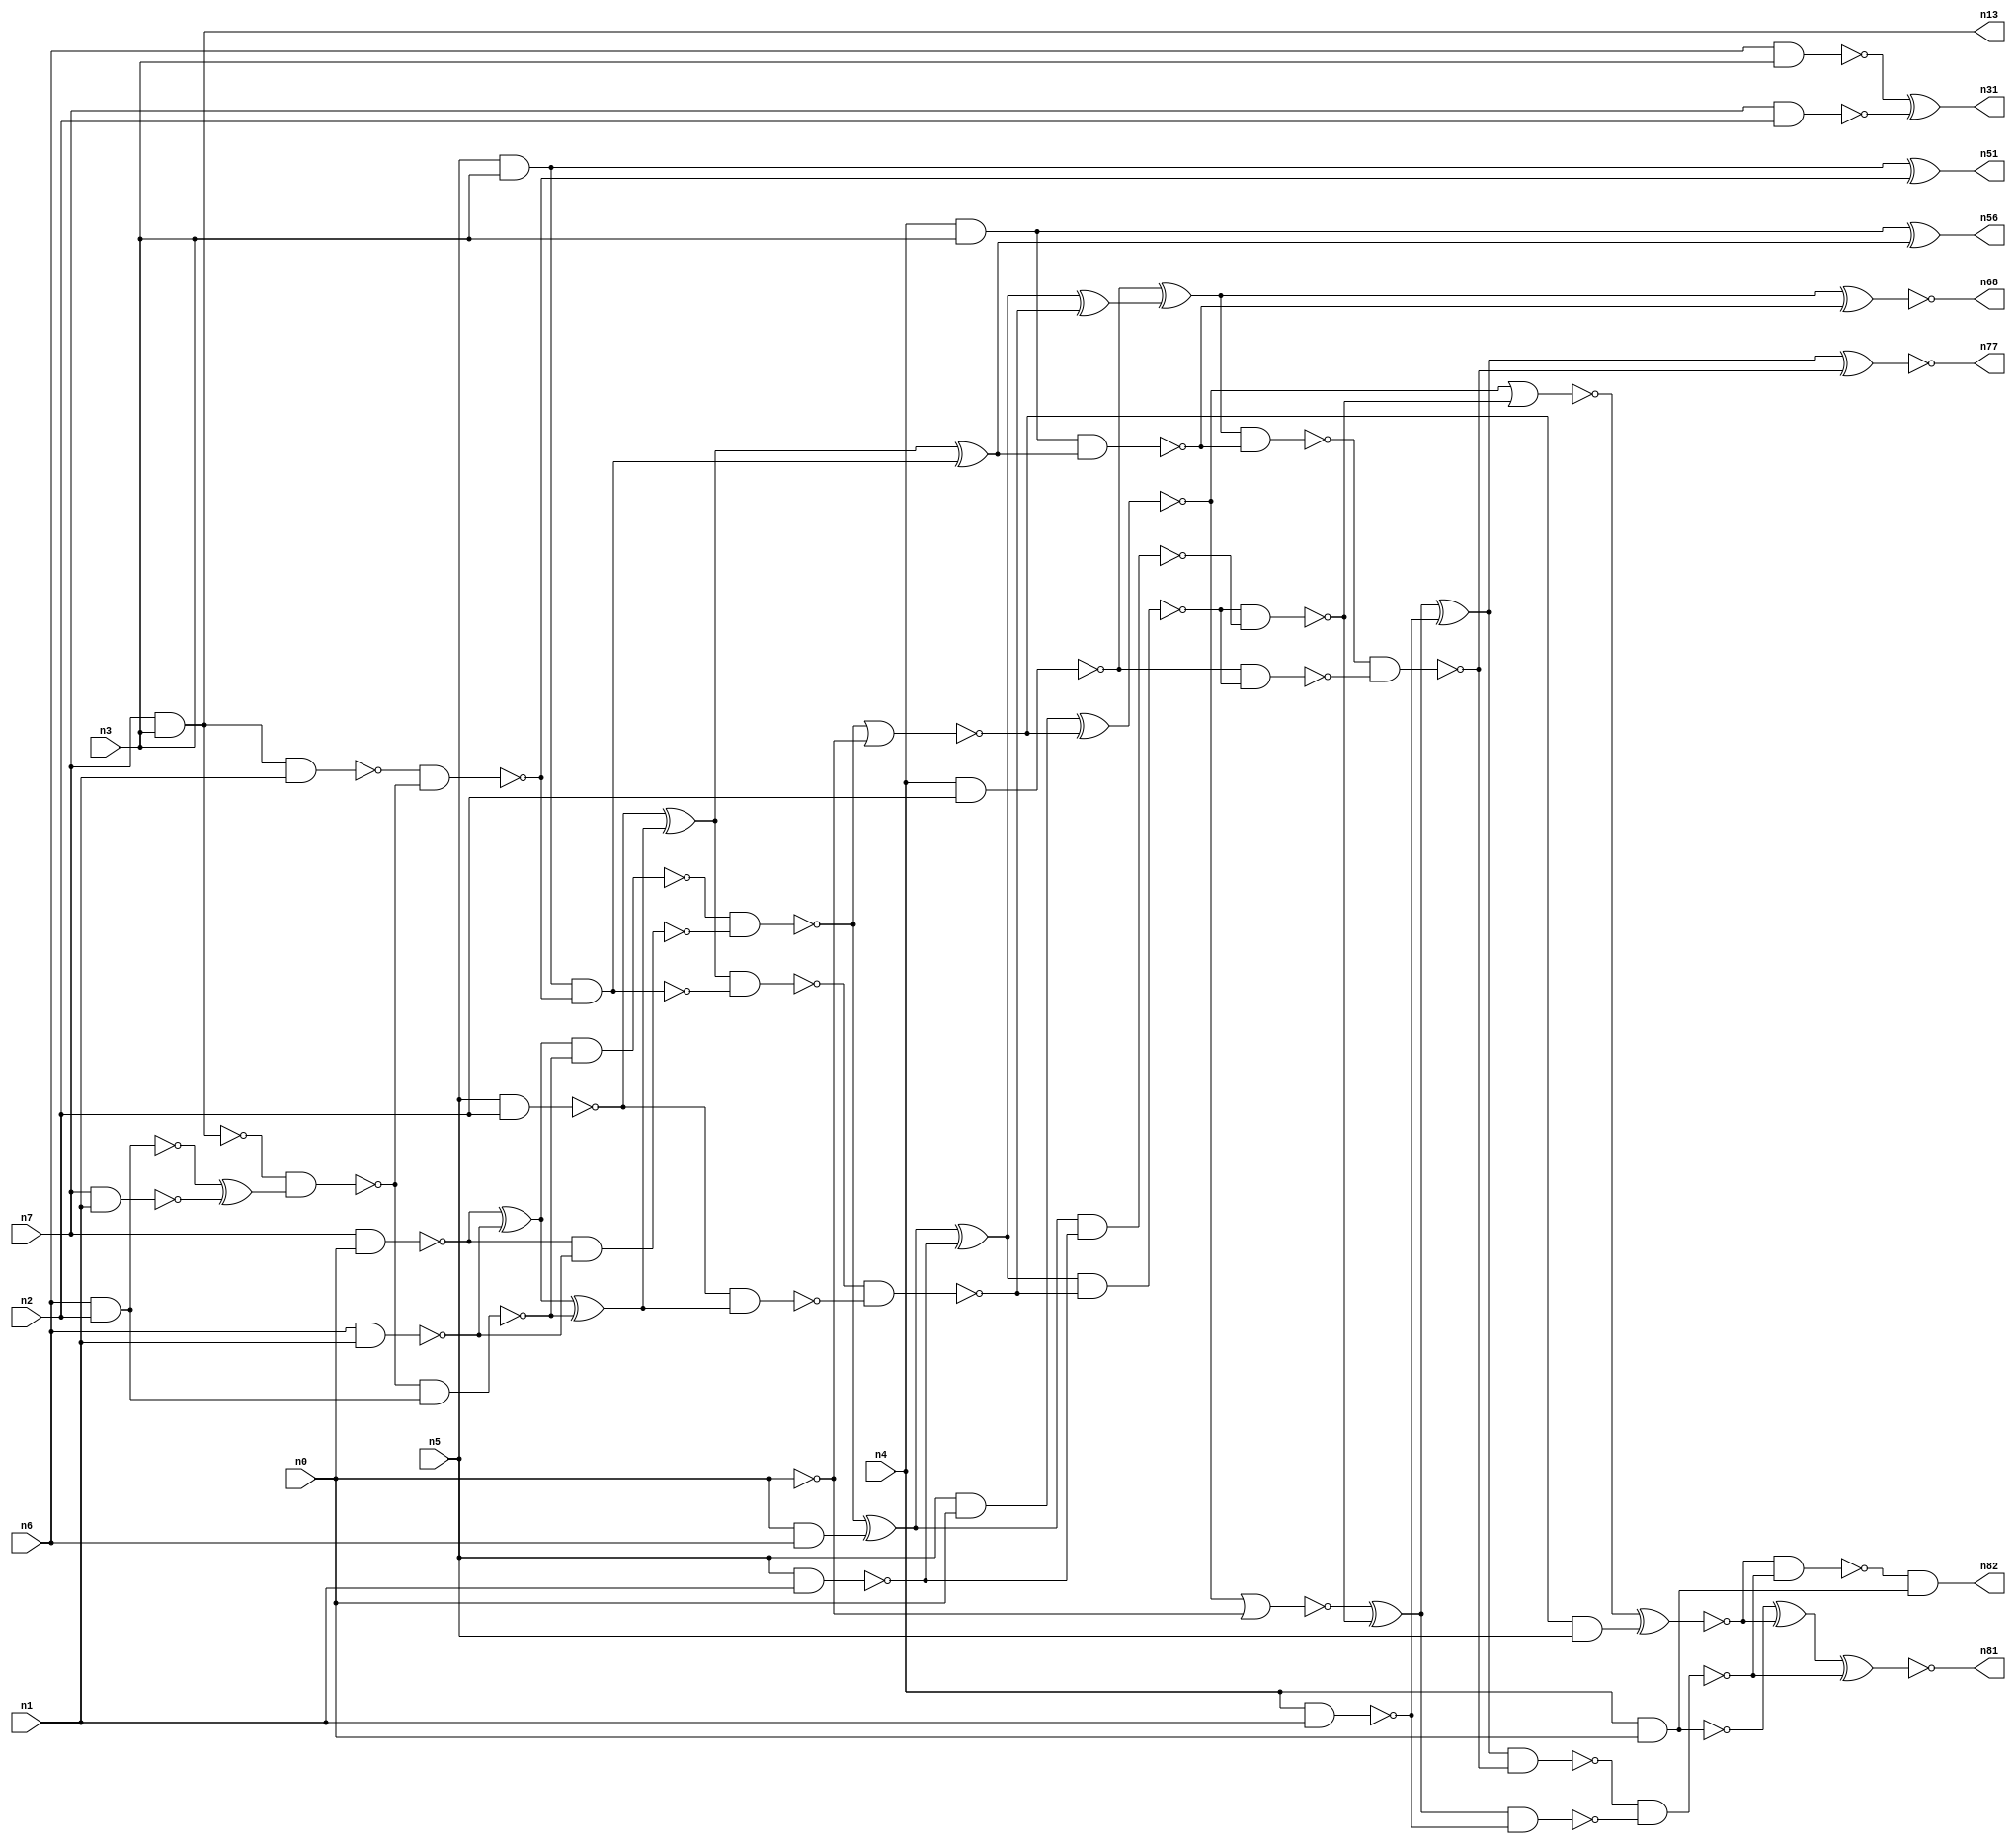
// This program was cloned from: https://github.com/umar-afzaal/ReCkt
// License: MIT License

// This file contains a pareto-optimal circuit with respect to power and the fault-resilince parameter p_fault which is defined as:
// "For all input vectors, the ratio of the no. of faults observable at the POs to the no. of total possible faults in the circuit".
// This code is part of the ReCkt library (https://github.com/umar-afzaal/ReCkt) distributed under The MIT License.
// When used, please cite the following article(s):
// U. Afzaal, A.S. Hassan, M. Usman and J.A. Lee, "On the Evolutionary Synthesis of Increased Fault-resilience Arithmetic Circuits".

// p_fault = 91.7 %    (Lower is better)
// gates = 73.0
// levels = 16
// area = 92.61    (For MCNC library relative to nand2)
// power = 517.5 uW    (Berkely-SIS for MCNC library @ Vdd=5V and 20 MHz clock)
// delay = 21.4 ns    (Berkely-ABC for MCNC library)
// PDP = 1.10745e-11 J

// Pin mapping:
// {n0, n1, n2, n3} = A[3:0]
// {n4, n5, n6, n7} = B[3:0]
// {n82, n81, n77, n68, n56, n51, n31, n13} = O[7:0]

module mult4u_power_4 (
n0, n1, n2, n3, n4, n5, n6, n7, 
n82, n81, n77, n68, n56, n51, n31, n13
);

input n0, n1, n2, n3, n4, n5, n6, n7;
output n82, n81, n77, n68, n56, n51, n31, n13;
wire n16, n73, n26, n40, n38, n78, n76, n46, n50, n15, n66, n36, n67, n18, n21, n32, n35, n64, n57, n33, 
n10, n17, n70, n61, n19, n58, n24, n74, n44, n20, n62, n60, n28, n59, n80, n79, n69, n45, n71, n25, 
n14, n43, n8, n75, n39, n34, n37, n42, n52, n54, n12, n63, n30, n22, n11, n49, n29, n9, n72, n47, 
n55, n53, n23, n41, n48;

nand (n8, n5, n1);
nand (n9, n0, n0);
nand (n10, n6, n2);
nand (n11, n7, n1);
nand (n12, n4, n1);
and (n13, n7, n3);
nand (n14, n4, n3);
nand (n15, n7, n0);
nand (n16, n5, n2);
nand (n17, n4, n2);
nand (n18, n4, n0);
nand (n19, n6, n1);
and (n20, n5, n3);
nand (n21, n6, n3);
nand (n22, n0, n6);
and (n23, n5, n0);
nand (n24, n7, n2);
nand (n25, n15, n19);
nand (n26, n0, n6);
xor (n28, n10, n11);
nand (n29, n14, n14);
xor (n30, n15, n19);
xor (n31, n21, n24);
nor (n32, n22, n26);
nand (n33, n0, n0);
nand (n34, n10, n10);
nand (n35, n13, n13);
nand (n36, n13, n1);
nand (n37, n35, n28);
nand (n38, n36, n37);
nand (n39, n37, n34);
nand (n40, n20, n38);
xnor (n41, n20, n38);
xor (n42, n30, n39);
nand (n43, n30, n39);
nand (n44, n43, n25);
nand (n45, n16, n42);
nand (n46, n40, n40);
xor (n47, n16, n42);
nand (n48, n47, n40);
xor (n49, n47, n46);
nor (n50, n44, n33);
nand (n51, n41, n41);
xor (n52, n44, n32);
and (n53, n50, n5);
xor (n54, n52, n8);
nand (n55, n52, n8);
xor (n56, n29, n49);
nand (n57, n29, n49);
nand (n58, n48, n45);
xnor (n59, n23, n50);
nand (n60, n54, n58);
xor (n61, n54, n58);
nor (n62, n59, n9);
xor (n63, n17, n61);
nand (n64, n60, n55);
nand (n66, n17, n60);
nand (n67, n63, n57);
xnor (n68, n63, n57);
xor (n69, n62, n64);
nor (n70, n59, n64);
xor (n71, n69, n12);
nand (n72, n67, n66);
xnor (n73, n70, n53);
nand (n74, n69, n12);
xor (n75, n18, n73);
nand (n76, n18, n18);
xnor (n77, n71, n72);
nand (n78, n71, n72);
nand (n79, n78, n74);
nand (n80, n73, n79);
xnor (n81, n75, n79);
and (n82, n80, n76);

endmodule